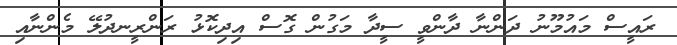
ރައީސް މައުމޫނު ދަންނާ ދާންވީ ސީދާ މަގުން ގޮސް އިދިކޮޅު ރަންރީނދުލޭ މެންނާއި